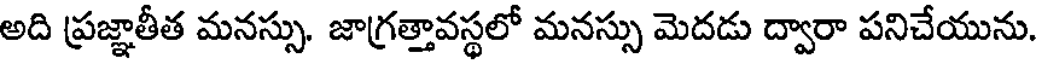
అది ప్రజ్ఞాతీత మనస్సు. జాగ్రత్తావస్థలో మనస్సు మెదడు ద్వారా పనిచేయును.